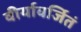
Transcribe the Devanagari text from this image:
वीर्यावर्जितं